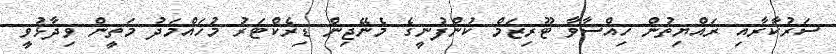
ސަރުކާރާއި ރައްޔިތުން ހިއްސާވާ ޓޫރިޒަމް ކުންފުނީގެ މެނޭޖިން ޑިރެކްޓަރު މުހައްމަދު މަތީން ވިދާޅުވީ